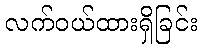
လက်ဝယ်ထားရှိခြင်း